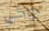
جآكي